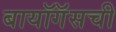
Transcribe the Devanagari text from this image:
बायॉगॅसची